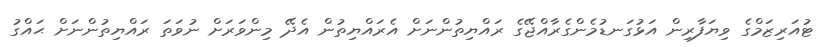
ޓުއަރިޒަމްގެ ވިޔަފާރިން އަޅުގަނޑުމެންގެރާއްޖޭގެ ރައްޔިތުންނަށް އެރައްޔިތުން އެދޭ މިންވަރަށް ނުވަތަ ރައްޔިތުންނަށް ޙައްގު